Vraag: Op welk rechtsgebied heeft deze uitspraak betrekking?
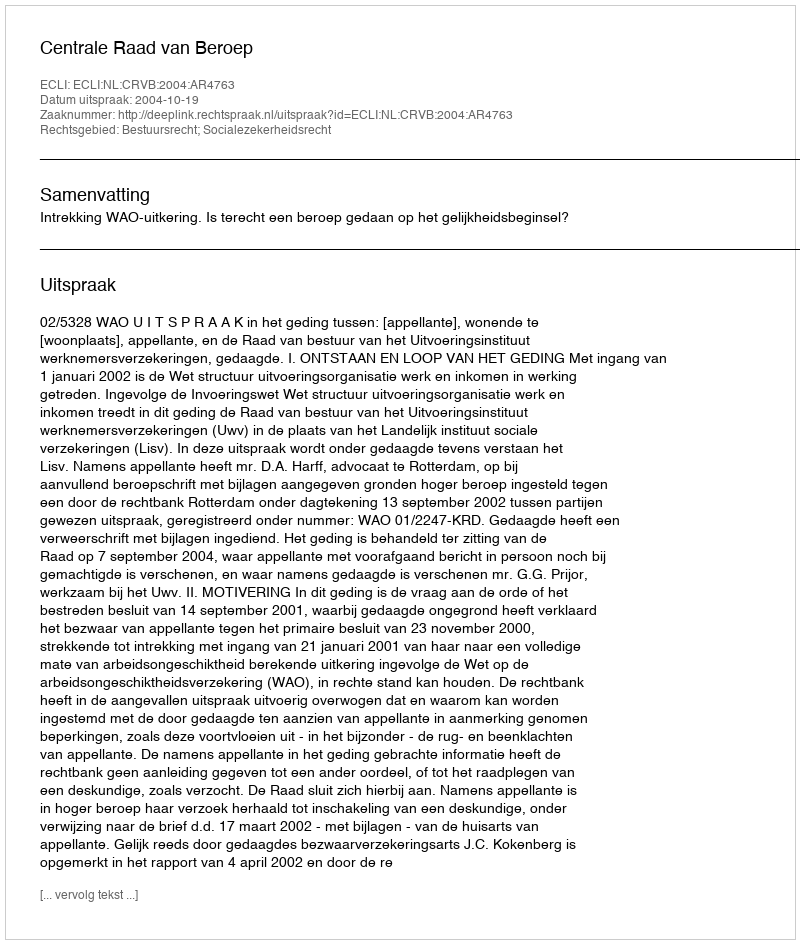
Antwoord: Bestuursrecht; Socialezekerheidsrecht